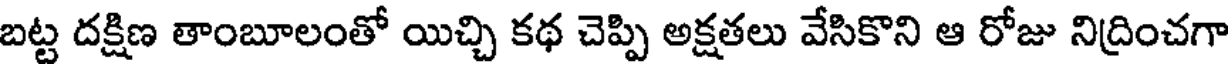
బట్ట దక్షిణ తాంబూలంతో యిచ్చి కథ చెప్పి అక్షతలు వేసికొని ఆ రోజు నిద్రించగా